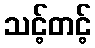
သင့်တင့်